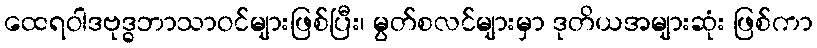
ထေရဝါဒဗုဒ္ဓဘာသာဝင်များဖြစ်ပြီး၊ မွတ်စလင်များမှာ ဒုတိယအများဆုံး ဖြစ်ကာ